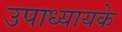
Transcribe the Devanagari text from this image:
उपाध्यायके